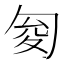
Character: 𠣟